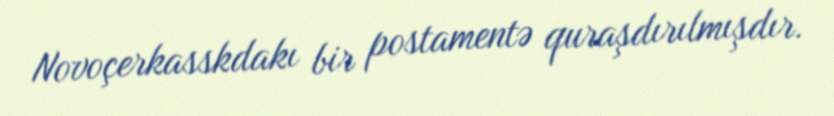
Novoçerkasskdakı bir postamentə quraşdırılmışdır.